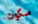
سكوت